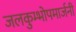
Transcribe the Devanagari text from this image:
जलकुम्भोपमार्जनी